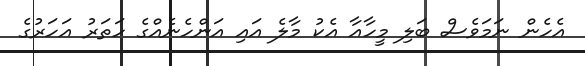
އެހެން ނަމަވެސް ބަލި މީހާއާ އެކު މާލެ އައި އަންހެނެއްގެ ހަތަރު އަހަރުގެ